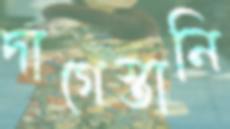
দাগেস্তানি